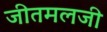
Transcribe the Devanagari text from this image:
जीतमलजी